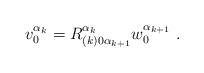
LaTeX: \begin{align*}v^{\alpha_k}_0=R^{\alpha_{k}}_{(k)0\alpha_{k+1}}w^{\alpha_{k+1}}_0\ .\end{align*}